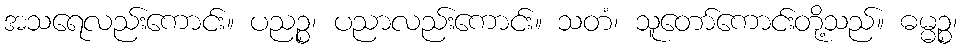
အသရေလည်းကောင်း။ ပညဉ္စ၊ ပညာလည်းကောင်း။ သတံ၊ သူတော်ကောင်းတို့သည်။ ဓမ္မဉ္စ၊